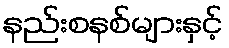
နည်းစနစ်များနှင့်